Account of plague administration in the Bombay Presidency from September 1896 till May 1897
Year: 1896
Disease focus: Plague
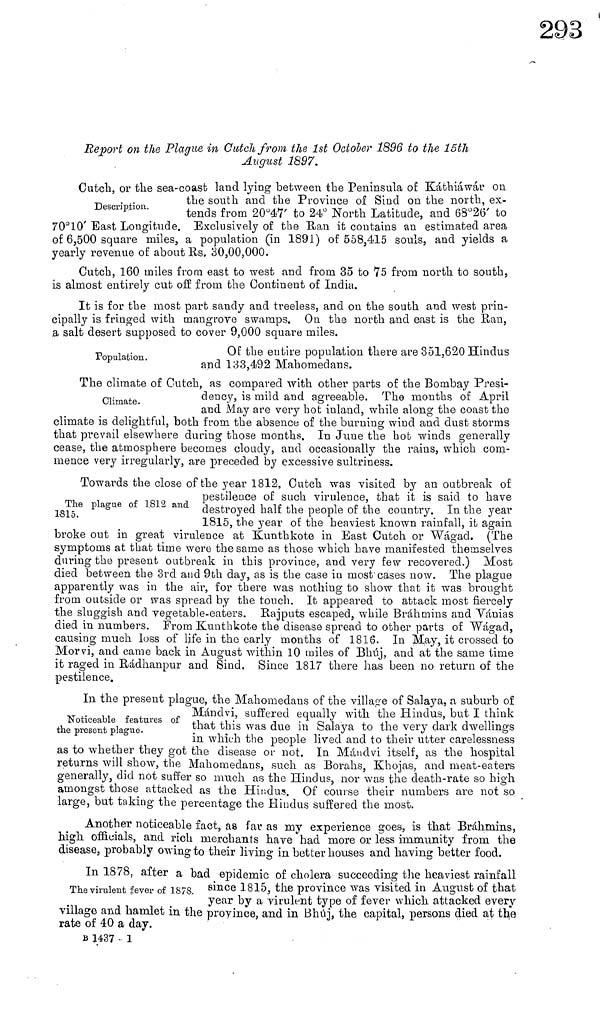
Report on the Plague, in Cutch from the 1st October 1896 to the 15th
August 1897.
Description.
Cutch, or the sea-coasb laud lying between the Peninsula of Káthiáwár on
the south and the Province of Sind on the north, ex-
tends from 20°47' to 24° North Latitude, and 68°26' to
70 10 East Longitude. Exclusively of the Ran it contains an estimated area
of 6,500 square miles, a population (in 1891) of 558,415 souls, and yields a
yearly revenue of about Rs. 30,00,000.
Cutch, 160 miles from east to west and from 35 to 75 from north to south,
is almost entirely cut off from the Continent of India.
It is for the most part sandy and treeless, and on the south and west prin-
cipally is fringed with mangrove swamps. On the north and east is the Ran,
.a salt desert supposed to cover 9,000 square miles.
Population.
Of the entire population there are 351,620 Hindus
and 133,492 Mahomedans.
Climate.
The climate of Cutch, as compared with other parts of the Bombay Presi-
dency, is mild and agreeable. The months of April
and May are very hot inland, while along the coast the
climate is delightful, both from the absence of the burning wind and dust storms
that prevail elsewhere during those months. In June the hot winds generally
cease, the atmosphere becomes cloudy, and occasionally the rains, which com-
mence very irregularly, are preceded by excessive sultriness.
The plague of 1812 and
1815.
Towards the close of the year 1812, ditch was visited by an outbreak of
pestilence or such virulence, that it is said to have
destroyed half the people of the country. In the year
1815, the year of the heaviest known rainfall, it again
broke out in great virulence at Kunthkote in East Cutch or Wágad. (The
symptoms at that time were the same as those which have manifested themselves
during the present outbreak in this province, and very few recovered.) Most
died between the 3rd. and 9th day, as is the case in most cases now. The plague
apparently was in the air, for there was nothing to show that it was brought
from outside or was spread by the touch. It appeared to attack most fiercely
the sluggish and vegetable-eaters. Rajputs escaped, while Brahmins and Vánias
died in numbers. From Kunthkote the disease spread to other parts of Wágad,
causing much loss of life in the early months of 1816. In May, it crossed to
Morvi, and came back in August within 10 miles of Bhúj, and at the same time
it raged in Rádhanpur and Sind, Since 1817 there has been no return of the
pestilence.
"Noticeable features of
the present plague.
In the present plague, the Mahomedans of the village of Salaya, a, suburb of
Mándvi, suffered equally with the Hindus, but I think
that this was due in Salaya to the very dark dwellings
in which the people lived and to their utter carelessness
as to whether they got the disease or not. In Mánclvi itself, as the hospital
returns will show, the Mahomedans, such as Borahs, Khojas, and meat-eaters
generally, did not suffer so much as the Hindus, nor was the death-rate so high
amongst those attacked as the Hindus. Of course their numbers are not so
large, but taking the percentage the Hindus suffered the most.
Another noticeable fact, as far as my experience goes, is that Bráhmins,
high officials, and rich merchants have had more or less immunity from the
disease, probably owing to their living in better houses and having better food.
The virulent fever of 1878.
In 1878, after a bad epidemic of cholera succeeding the heaviest rainfall
since 1815, the province was visited in August of that
year by a virulent type of fever which attacked everv
village and hamlet m the province, and in Bhúj, the capital, persons died at the
rate of 40 a day.
B 1437 - 1